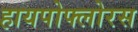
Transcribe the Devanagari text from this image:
हायपोफ्लोरस